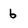
Character: 6